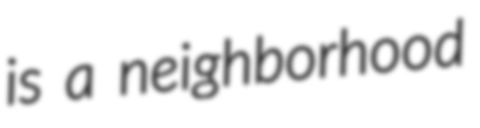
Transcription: is a neighborhood